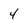
Character: 4